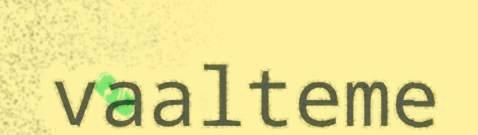
vaalteme